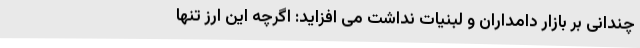
چندانی بر بازار دامداران و لبنیات نداشت می افزاید: اگرچه این ارز تنها